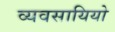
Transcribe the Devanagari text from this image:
व्यवसायियो